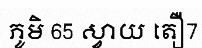
ភូមិ 65 ស្វាយ តឿ7